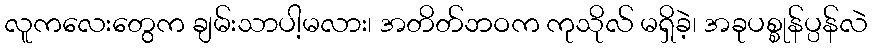
လူကလေးတွေက ချမ်းသာပါ့မလား၊ အတိတ်ဘဝက ကုသိုလ် မရှိခဲ့၊ အခုပစ္စုန်ပ္ပန်လဲ